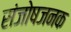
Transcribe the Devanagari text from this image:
संजोषजनक